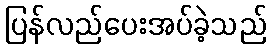
ပြန်လည်ပေးအပ်ခဲ့သည်